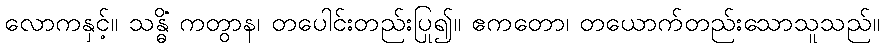
လောကနှင့်။ သန္ဓိံ ကတွာန၊ တပေါင်းတည်းပြု၍။ ဧကတော၊ တယောက်တည်းသောသူသည်။